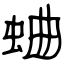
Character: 蛐